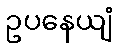
ဥပနေယျံ